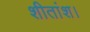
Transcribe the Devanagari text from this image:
शीतांश।